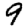
Digit: 9